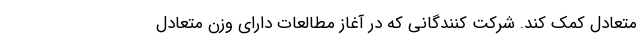
متعادل کمک کند. شرکت کنندگانی که در آغاز مطالعات دارای وزن متعادل